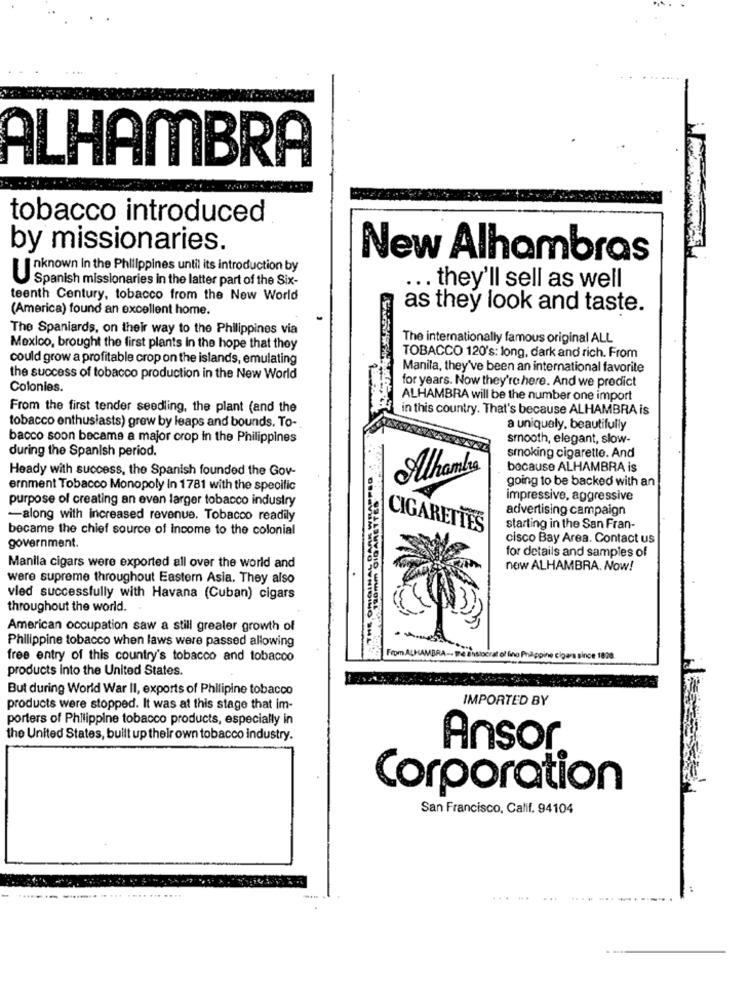
ALHAMBRA
tobacco introduced
by missionaries.
New Alhambras
Inknown in the Philippines until its introduction by
Spanish missionaries in the latter part of the Six-
... they'll sell as well
teenth Century, tobacco from the New World
(America) found an excellent home.
as they look and taste.
The Spaniards, on their way to the Philippines via
The internationally famous original ALL
Mexico, brought the first plants in the hope that they
could grow a profitable crop on the islands, emulating
TOBACCO 120's: long, dark and rich. From
Manila, they've been an international favorite
the success of tobacco production in the New World
Colonies.
for years. Now they're here. And we predict
ALHAMBRA will be the number one import
From the first tender seedling, the plant (and the
in this country. That's because ALHAMBRA is
tobacco enthusiasts) grew by leaps and bounds. To-
a uniquely, beautifully
bacco soon became a major crop in the Philippines
smooth, elegant, slow-
during the Spanish period.
smoking cigarette. And
Heady with success, the Spanish founded the Gov-
Alhambra
because ALHAMBRA is
going to be backed with an
ernment Tobacco Monopoly In 1781 with the specific
purpose of creating an even larger tobacco industry
120mm CIGARETTE
impressive, aggressive
advertising campaign
-along with increased revenue. Tobacco readily
became the chief source of income to the colonial
CIGARETTES
starting in the San Fran-
cisco Bay Area. Contact us
government.
for details and samples of
Manila cigars were exported all over the world and
new ALHAMBRA. Now!
were supreme throughout Eastern Asia. They also
vied successfully with Havana (Cuban) cigars
throughout the world.
American occupation saw a still greater growth of
Philippine tobacco when laws were passed allowing
free entry of this country's tobacco and tobacco
Enstocrat ol fino Pnappine cigars
products into the United States.
But during World War II, exports of Philipine tobacco
IMPORTED BY
products were stopped. It was at this stage that im-
porters of Philippine tobacco products, especially in
the United States, built up their own tobacco industry.
Ansor
Corporation
San Francisco, Calif. 94104
.....